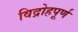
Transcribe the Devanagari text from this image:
विद्रोहपूर्ण